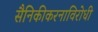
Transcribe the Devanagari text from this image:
सैनिकीकरनाविरोधी